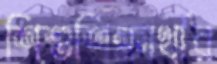
শিশুশিক্ষার্থীর